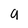
Character: g